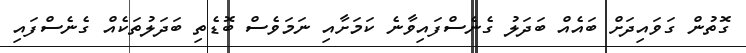
ގޮތުން ގަވައިދަށް ބައެއް ބަދަލު ގެނެސްފައިވާނެ ކަމަށާއި ނަމަވެސް ބޮޑެތި ބަދަލުތަކެއް ގެނެސްފައި